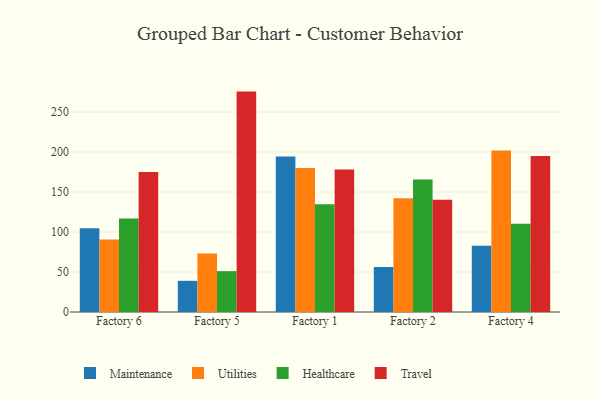
{"axis": {"x": "Factory", "y": "Inventory Turnover"}, "legend": ["Healthcare", "Maintenance", "Travel", "Utilities"], "data": [{"x": "Factory 6", "y": 104.8, "type": "Maintenance"}, {"x": "Factory 6", "y": 90.8, "type": "Utilities"}, {"x": "Factory 6", "y": 117.0, "type": "Healthcare"}, {"x": "Factory 6", "y": 175.1, "type": "Travel"}, {"x": "Factory 5", "y": 39.0, "type": "Maintenance"}, {"x": "Factory 5", "y": 73.0, "type": "Utilities"}, {"x": "Factory 5", "y": 51.1, "type": "Healthcare"}, {"x": "Factory 5", "y": 275.6, "type": "Travel"}, {"x": "Factory 1", "y": 194.3, "type": "Maintenance"}, {"x": "Factory 1", "y": 180.1, "type": "Utilities"}, {"x": "Factory 1", "y": 134.8, "type": "Healthcare"}, {"x": "Factory 1", "y": 178.2, "type": "Travel"}, {"x": "Factory 2", "y": 56.2, "type": "Maintenance"}, {"x": "Factory 2", "y": 142.2, "type": "Utilities"}, {"x": "Factory 2", "y": 165.6, "type": "Healthcare"}, {"x": "Factory 2", "y": 140.5, "type": "Travel"}, {"x": "Factory 4", "y": 82.9, "type": "Maintenance"}, {"x": "Factory 4", "y": 202.1, "type": "Utilities"}, {"x": "Factory 4", "y": 110.3, "type": "Healthcare"}, {"x": "Factory 4", "y": 195.0, "type": "Travel"}]}